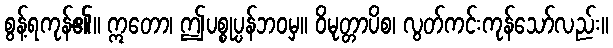
စွန့်ရကုန်၏။ ဣတော၊ ဤပစ္စုပ္ပန်ဘဝမှ။ ဝိမုတ္တာပိစ၊ လွတ်ကင်းကုန်သော်လည်း။